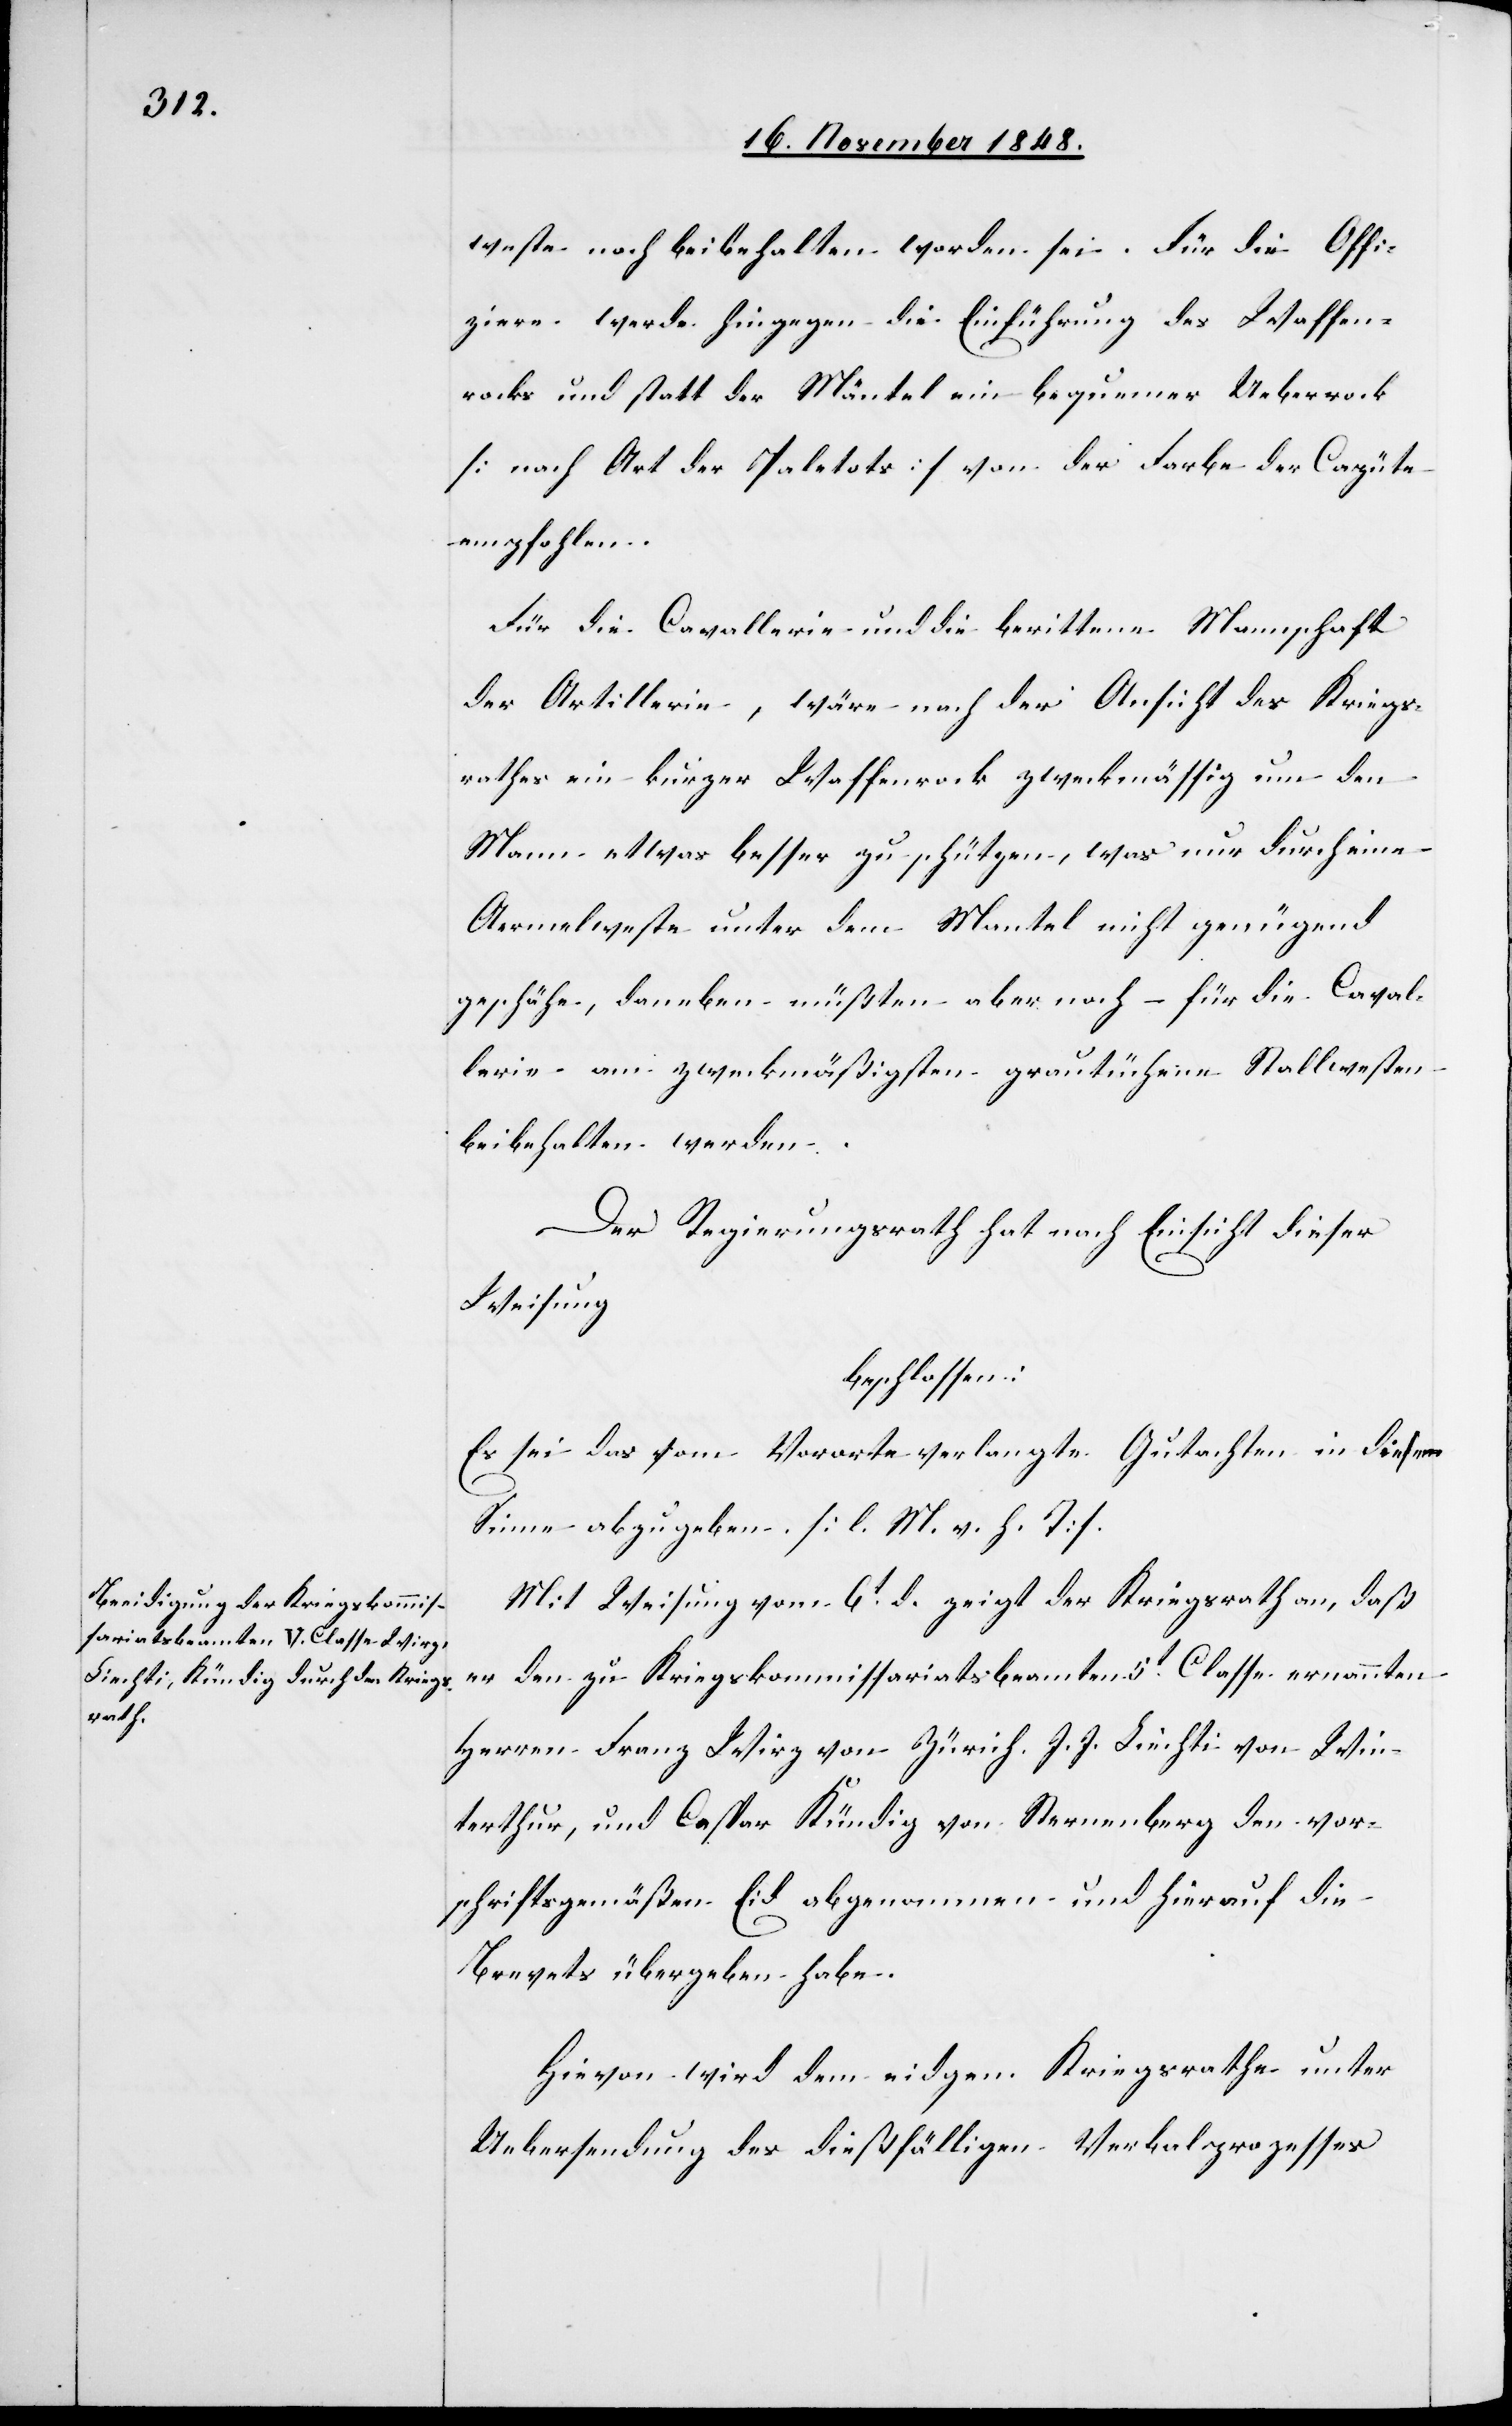
weste noch beibehalten worden sei. Für die Offi¬
ziere werde hingegen die Einführung des Waffen¬
rocks und statt der Mäntel ein bequemerer Ueberrock
[nach Art der Palelots] von der Farbe der Capüte
empfohlen.
Für die Cavallerie und die berittene Mannschaft
der Artillerie, wäre nach der Ansicht des Kriegs¬
rathes ein kurzer Waffenrock zweckmässig um den
Mann etwas besser zu schützen, was nur durch eine
Aermelweste unter dem Mantel nicht genügend
geschähe, daneben müßten aber noch –für die Caval¬
lerie –am zweckmäßigstens grautüchene Stallwesten
beibehalten werden.
Der Regierungsrath hat nach Einsicht dieser
Weisung
beschlossen:
Es sei das vom Vororte verlangte Gutachten in diesem
Sinne abzugeben. [l. M. v. h. T]
Mit Weisung vom 6t d. zeigt der Kriegsrath an, daß
er den zu Kriegskommissariatsbeamten 5t Classe ernannten
Herren Franz Wirz von Zürich J. J. Liechti von Win¬
terthur, und Caspar Kündig von Sternenberg den vor¬
schriftsgemäßen Eid abgenommen und hierauf die
Brevets übergeben habe.
Hievon wird dem eidgen. Kriegsrathe unter
Uebersendung des dießfälligen Verbalprozesses